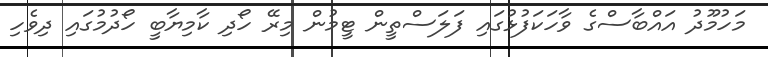
މަހުމޫދު އައްބާސްގެ ވާހަކަފުޅުގައި ފަލަސްތީން ޓީމުން މިރޭ ހޯދި ކާމިޔާބީ ހޯދުމުގައި ދިވެހި